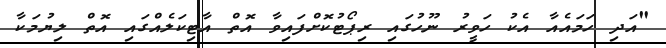
"އަދި ހަމައެއާ އެކު ހަވީރު ނޫހުގައި ރިޕޯޓުކޮށްފައިވާ އޮތް އާޓިކަލެއްގައި އޮތް ލިޔުމަކާ